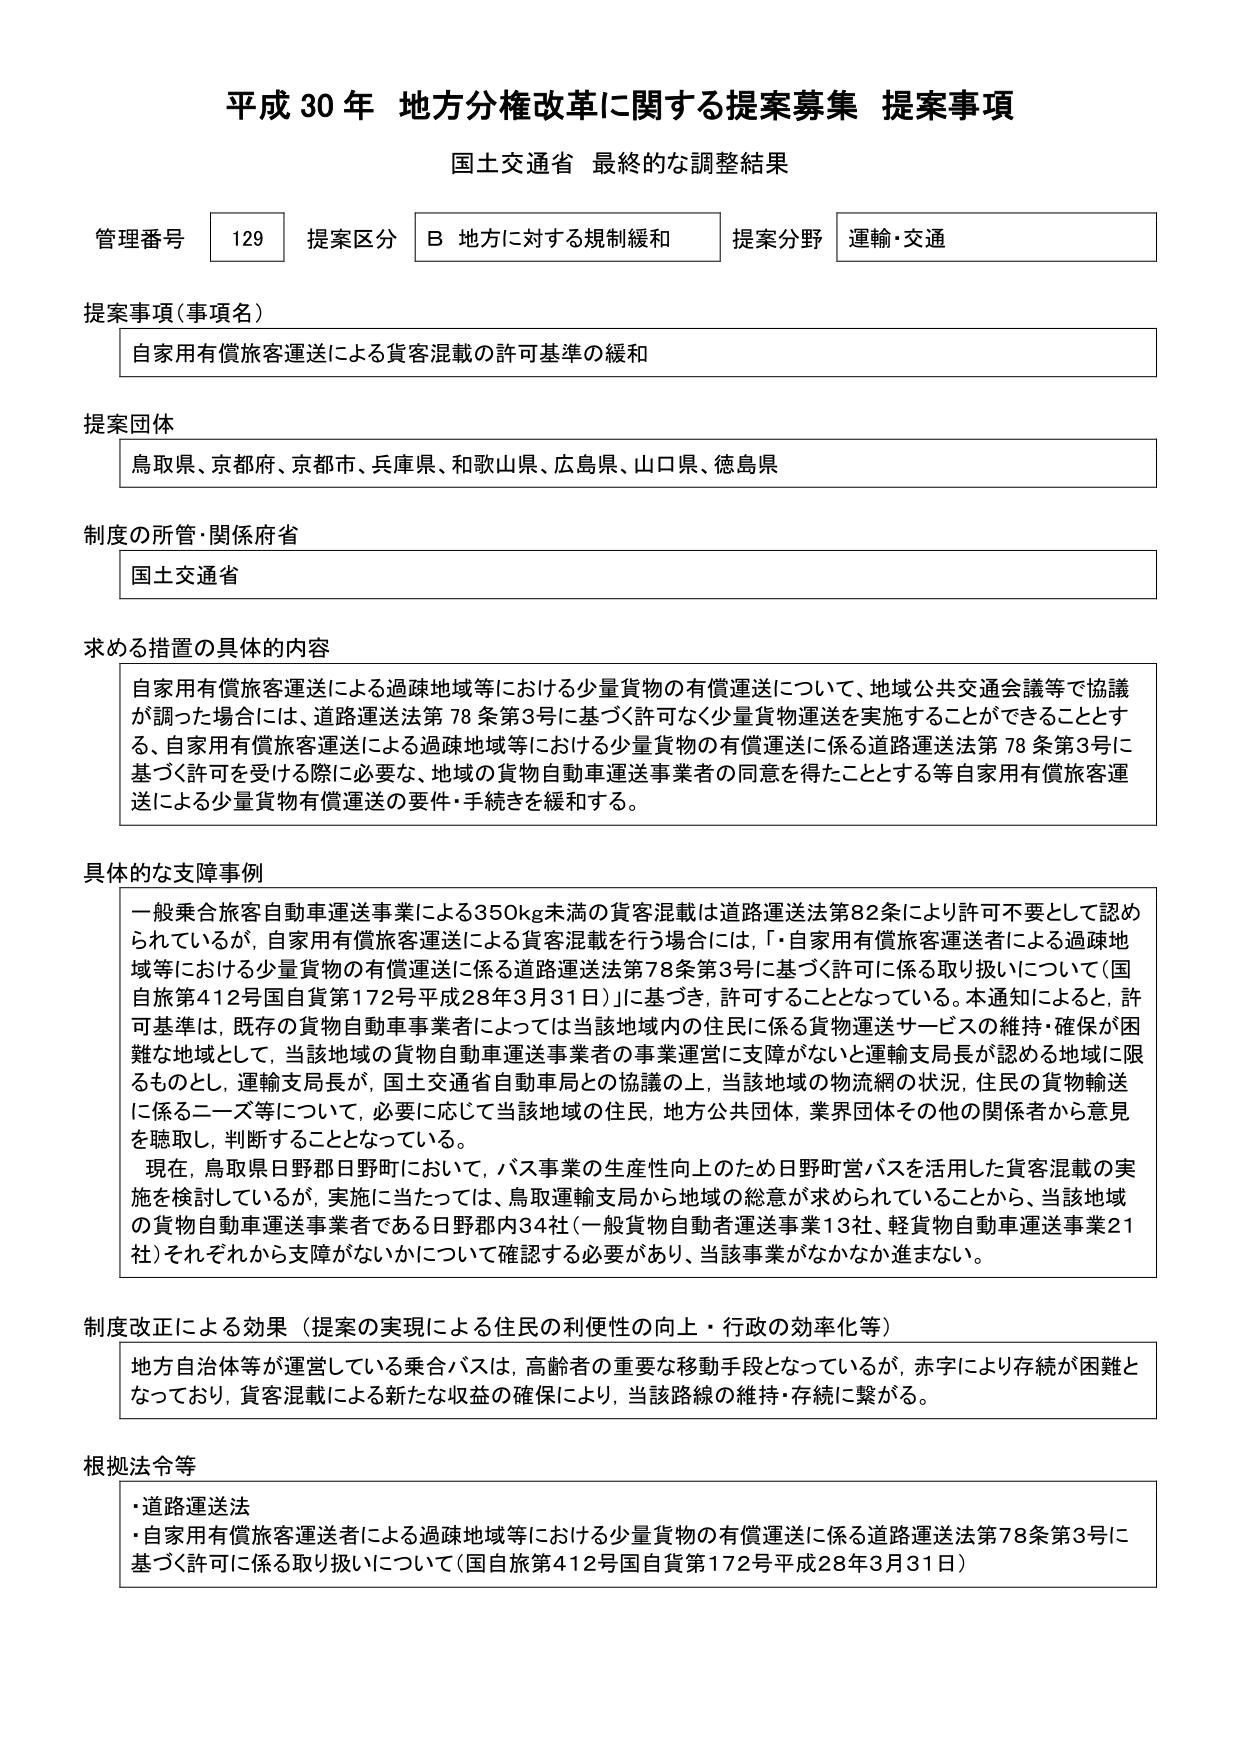
平成30年 地方分権改革に関する提案募集 提案事項
国土交通省 最終的な調整結果

管理番号 129 提案区分 B 地方に対する規制緩和 提案分野 運輸・交通

提案事項（事項名）
自家用有償旅客運送による貨客混載の許可基準の緩和

提案団体
鳥取県、京都府、京都市、兵庫県、和歌山県、広島県、山口県、徳島県

制度の所管・関係府省
国土交通省

求める措置の具体的内容
自家用有償旅客運送による過疎地域等における少量貨物の有償運送について、地域公共交通会議等で協議が調った場合には、道路運送法第78条第3号に基づく許可なく少量貨物運送を実施することができる thing とす る、自家用有償旅客運送による過疎地域等における少量貨物の有償運送に係る道路運送法第78条第3号に基づく許可を受ける際に必要な、地域の貨物自動車運送事業者の同意を得たこととする等自家用有償旅客運送による少量貨物有償運送の要件・手続きを緩和する。

具体的な支障事例
一般乗合旅客自動車運送事業による350kg未満の貨客混載は道路運送法第82条により許可不要として認められているが、自家用有償旅客運送による貨客混載を行う場合には、「自家用有償旅客運送者による過疎地域等における少量貨物の有償運送に係る道路運送法第78条第3号に基づく許可に係る取り扱いについて（国自旅第412号国自貨第172号平成28年3月31日）」に基づき、許可することとなっている。本通知によると、許可基準は、既存の貨物自動車事業者によっては当該地域内の住民に係る貨物運送サービスの維持・確保が困難な地域として、当該地域の貨物自動車運送事業者の事業運営に支障がないと運輸支局長が認める地域に限るものとし、運輸支局長が、国土交通省自動車局との協議の上、当該地域の物流網の状況、住民の貨物輸送に係るニーズ等について、必要に応じて当該地域の住民、地方公共団体、業界団体その他の関係者から意見を聴取し、判断することとなっている。
現在、鳥取県日野郡日野町において、バス事業の生産性向上のため日野町営バスを活用した貨客混載の実施を検討しているが、実施に当たっては、鳥取運輸支局から地域の総意が求められていることから、当該地域の貨物自動車運送事業者である日野郡内34社（一般貨物自動車運送事業13社、軽貨物自動車運送事業21社）それぞれから支障がないかについて確認する必要があり、当該事業がなかなか進まない。

制度改正による効果（提案の実現による住民の利便性の向上・行政の効率化等）
地方自治体等が運営している乗合バスは、高齢者の重要な移動手段となっているが、赤字により存続が困難となっており、貨客混載による新たな収益の確保により、当該路線の維持・存続に繋がる。

根拠法令等
・道路運送法
・自家用有償旅客運送者による過疎地域等における少量貨物の有償運送に係る道路運送法第78条第3号に基づく許可に係る取り扱いについて（国自旅第412号国自貨第172号平成28年3月31日）